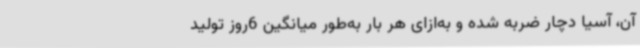
آن، آسیا دچار ضربه شده و به‌ازای هر بار به‌طور میانگین 6روز تولید